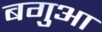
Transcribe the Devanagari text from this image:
बगुआ